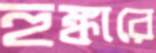
হুঙ্কারে